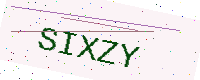
Text: SIXZY